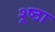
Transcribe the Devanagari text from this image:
श्र्ष्ठा